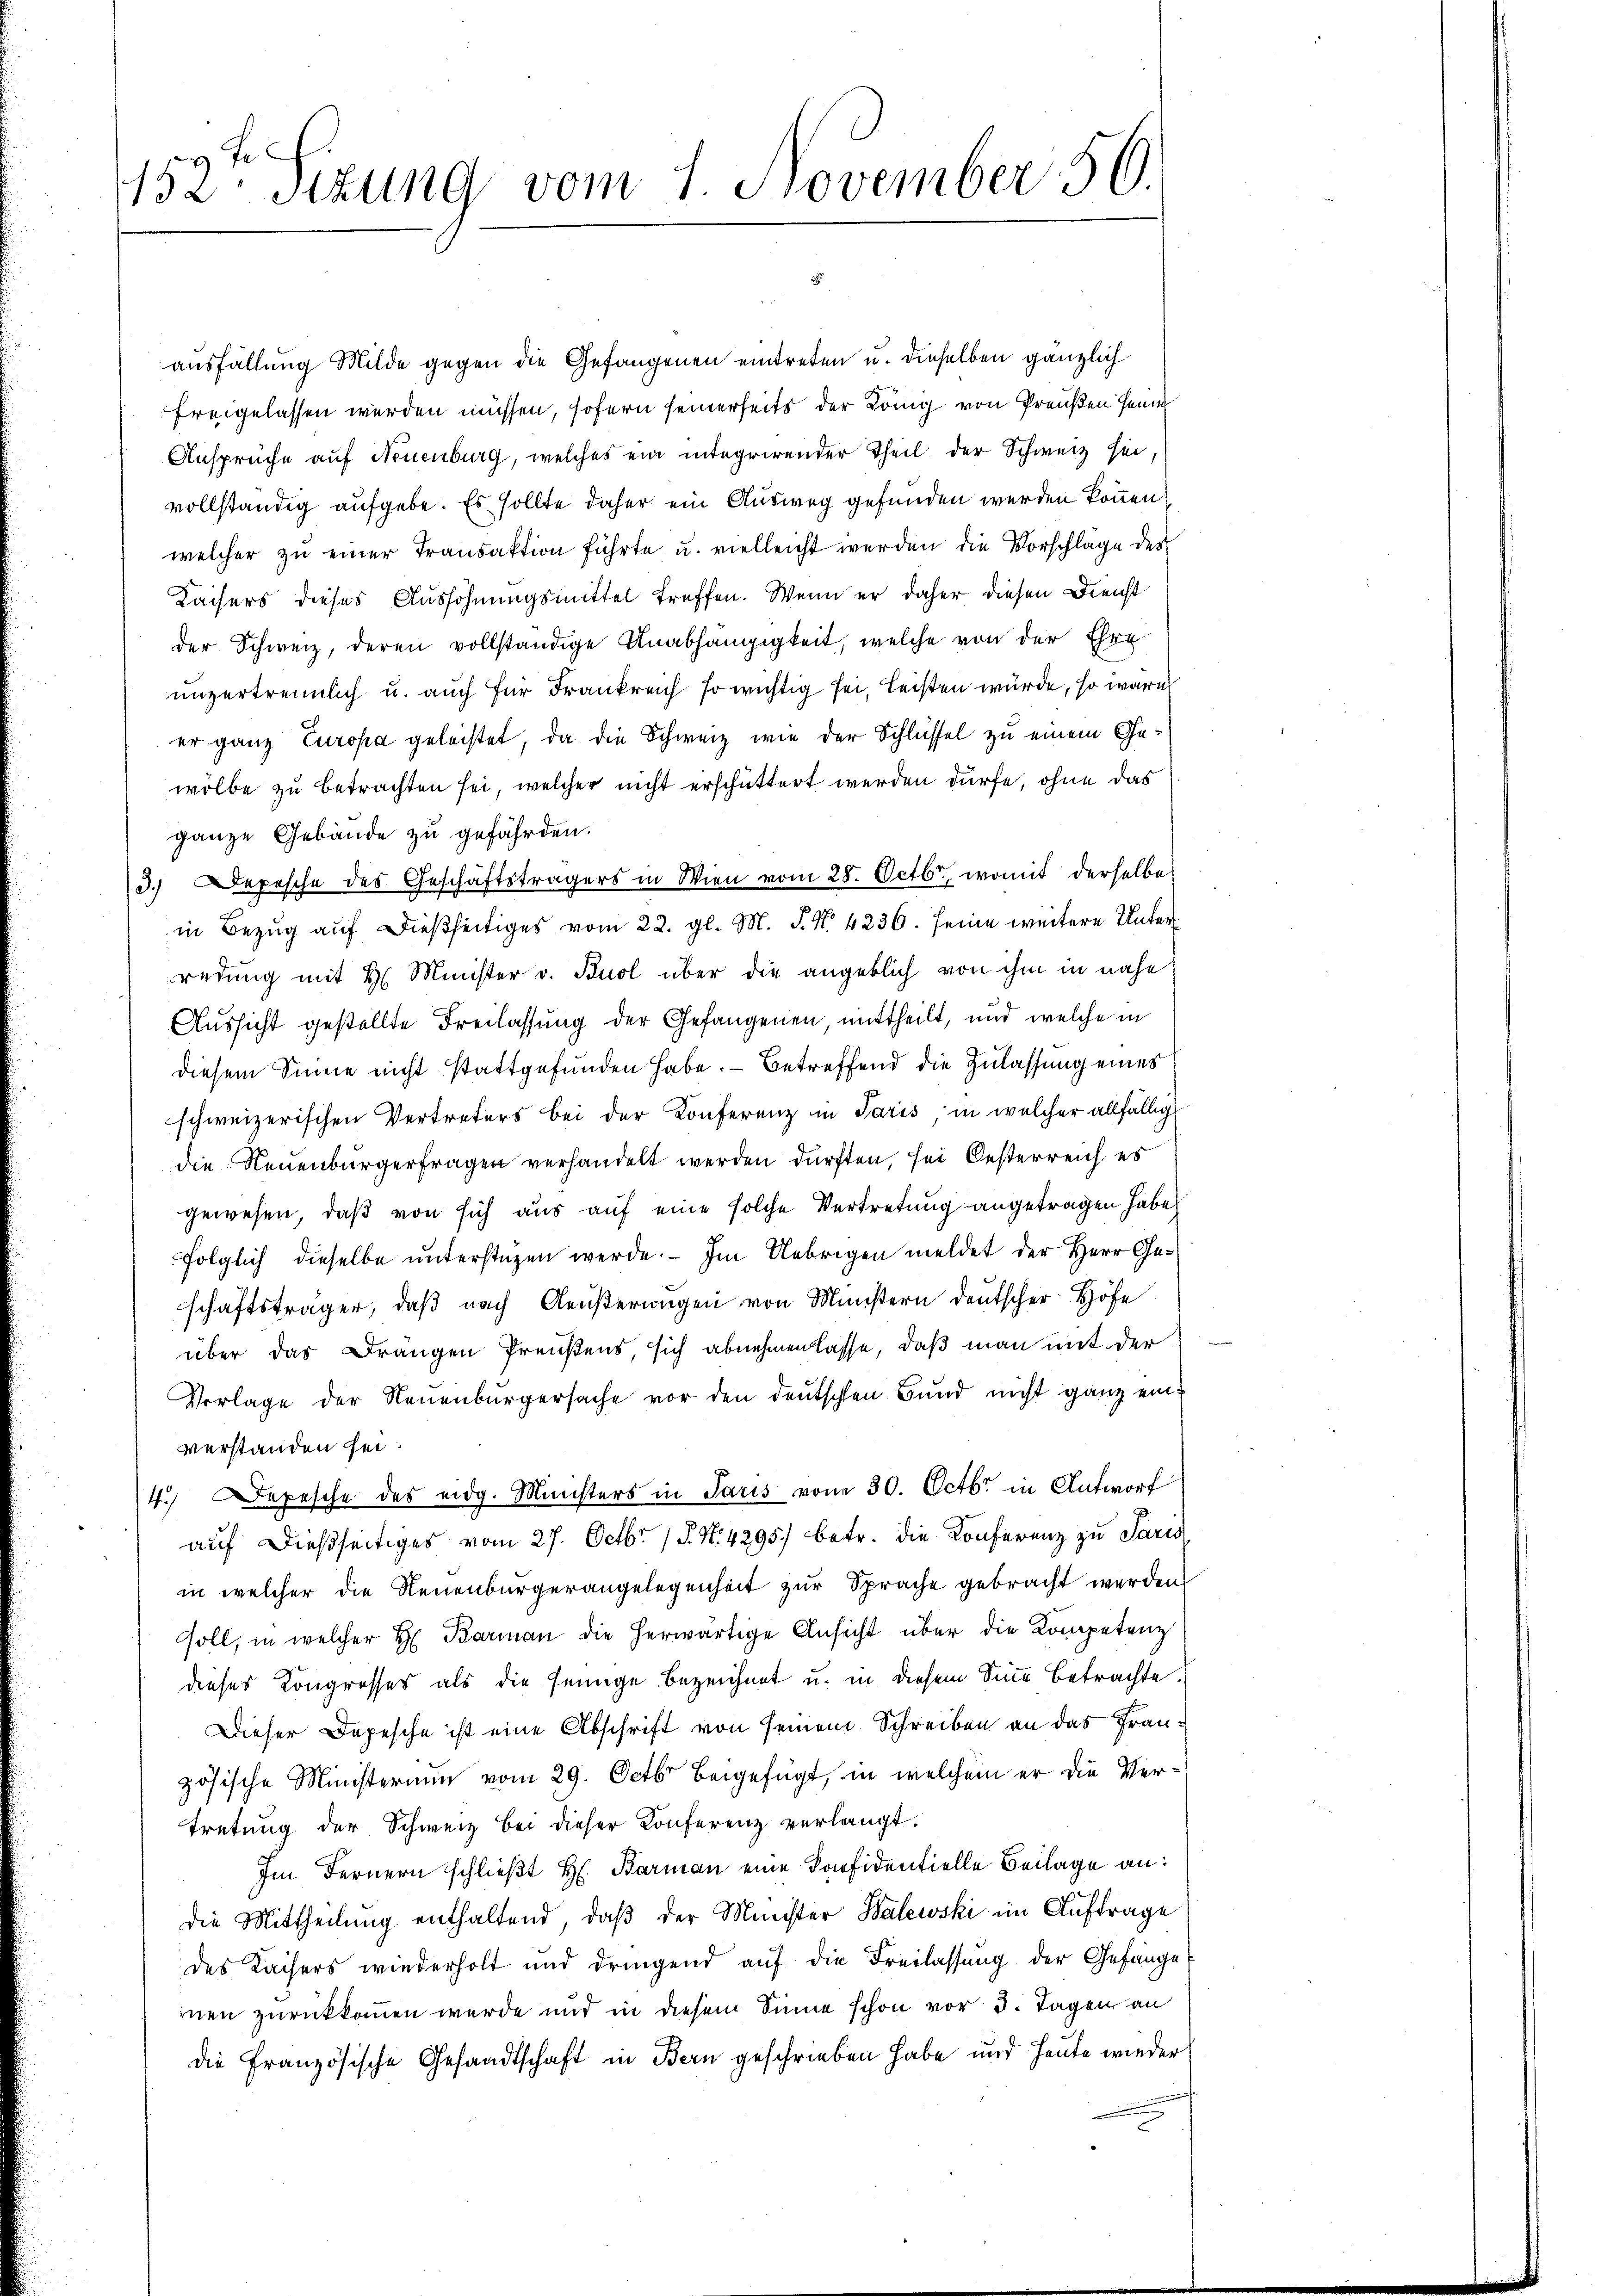
152te Sitzung vom 1. November 56.

ausfällung Milde gegen die Gefangenen eintreten u. dieselben gänzlich
freigelassen werden müssen, sofern seinerseits der König von Preußen Heim
Ansprüche auf Neuenburg, welches ein integrirender Theil der Schweiz sei,
vollständig aufgebe. Es sollte daher ein Ausweg gefunden werden können.
welcher zu einer Transaktion führte u. vielleicht werden die Vorschläge des
Kaisers dieses Aussöhnungsmittel treffen. Wenn er daher diesen Dienst
der Schweiz, deren vollständige Anabhängigkeit, welche von der Ehre
unzertrennlich u. auch für Frankreich so wichtig sei, leisten würde, so wäre
er ganz Europa geleistet, da die Schweiz wie der Schlüssel zu einem Gewölbe zu betrachten sei, welcher nicht erschüttert werden dürfe, ohne das
ganze Gebäude zu gefährden.
3.) Depesche des Geschäftsträgers in Wien vom 28. Octbr., womit derselbe
in Bezug auf dießseitiges vom 22. gl. M. P. Nr. 4236. seine weitere Unterredung mit H. Minister v. Buol über die angeblich von ihm in nahe
Aussicht gestellte Freilassung der Gefangenen, mittheilt, und welche in
diesem Sinne nicht stattgefunden habe. — Betreffend die Zulassung eines
schweizerischen Vertreters bei der Konferenz in Paris in welcher allfällige
die Neuenburgerfragen verhandelt werden dürften, sei Oesterreich es
gewesen, daß von sich aus auf eine solche Vertretung angetragen habe.
folglich dieselbe unterstüzen werde. — Im Uebrigen meldet der Herr Geschaftsträger, daß nach Aeußerungen von Ministern deutscher Höfe
über das Drängen Preußens, sich abnehmen lasse, daß man mit der
Vorlage der Neuenburgersache vor den deutschen Bund nicht ganz einverstanden sei.
4.) Depesche des eidg. Ministers in Paris vom 30. Octbr. in Antworf
auf dießseitiges vom 27. Octbr. 15. N. 4295) betr. die Konferenz zu Paris
in welcher die Neuenburgerangelegenheit zur Sprache gebracht werden.
soll, in welcher H. Barman die herwärtige Ansicht über die Kompetenz
dieses Kongresses als die seinige bezeichnet u. in diesem Sine Betrachte.
Dieser Depesche ist eine Abschrift von seinem Schreiben an das Französische Ministerium vom 29. Octbr beigefügt, in welchem er die Vertretung der Schweiz bei dieser Konferenz verlangt.
Im Fernern schließt H. Barman eine Konfidentielle Beilage an:
die Mittheilung enthaltend, daβ der Minister Balewski im Auftrage
des Kaisers wiederholt und dringend auf die Freilassung der Gefänge
nen zurückkommen werde und in diesem Sinne schon vor 3. Tagen an
die Französische Gesandtschaft in Bern geschrieben habe und heute wieder